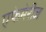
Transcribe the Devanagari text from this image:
एफेमेरीज